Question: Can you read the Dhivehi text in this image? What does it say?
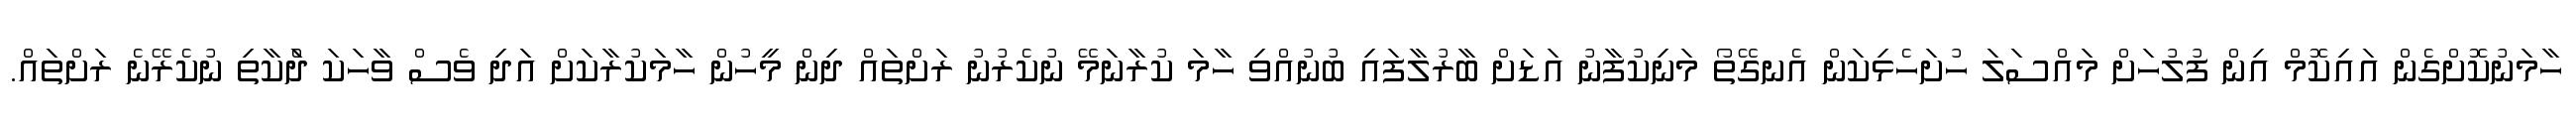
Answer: ހާމަނުކޮށްގެން އައިކޮމް އިން ފުލުހަށް މައްސަލަ ހުށަހެޅިކަން އެނގޭތޯ މަނިކުފާނު އަޑަށް ބާރުލާފައި ބުނުއްވި ހާމަ ކުރާނަމޭ ނުކެރުނު ރަށްތައް ދިން މީހުން ހާމަކުރާކަށް އަދި ވެސް ވާހަކަ ދަްކާތި ނުކެރޭނެ ރަށްތައް.